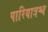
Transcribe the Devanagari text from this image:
पारियात्रश्च